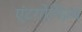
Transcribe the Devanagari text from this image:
एंटगोनिज़्म